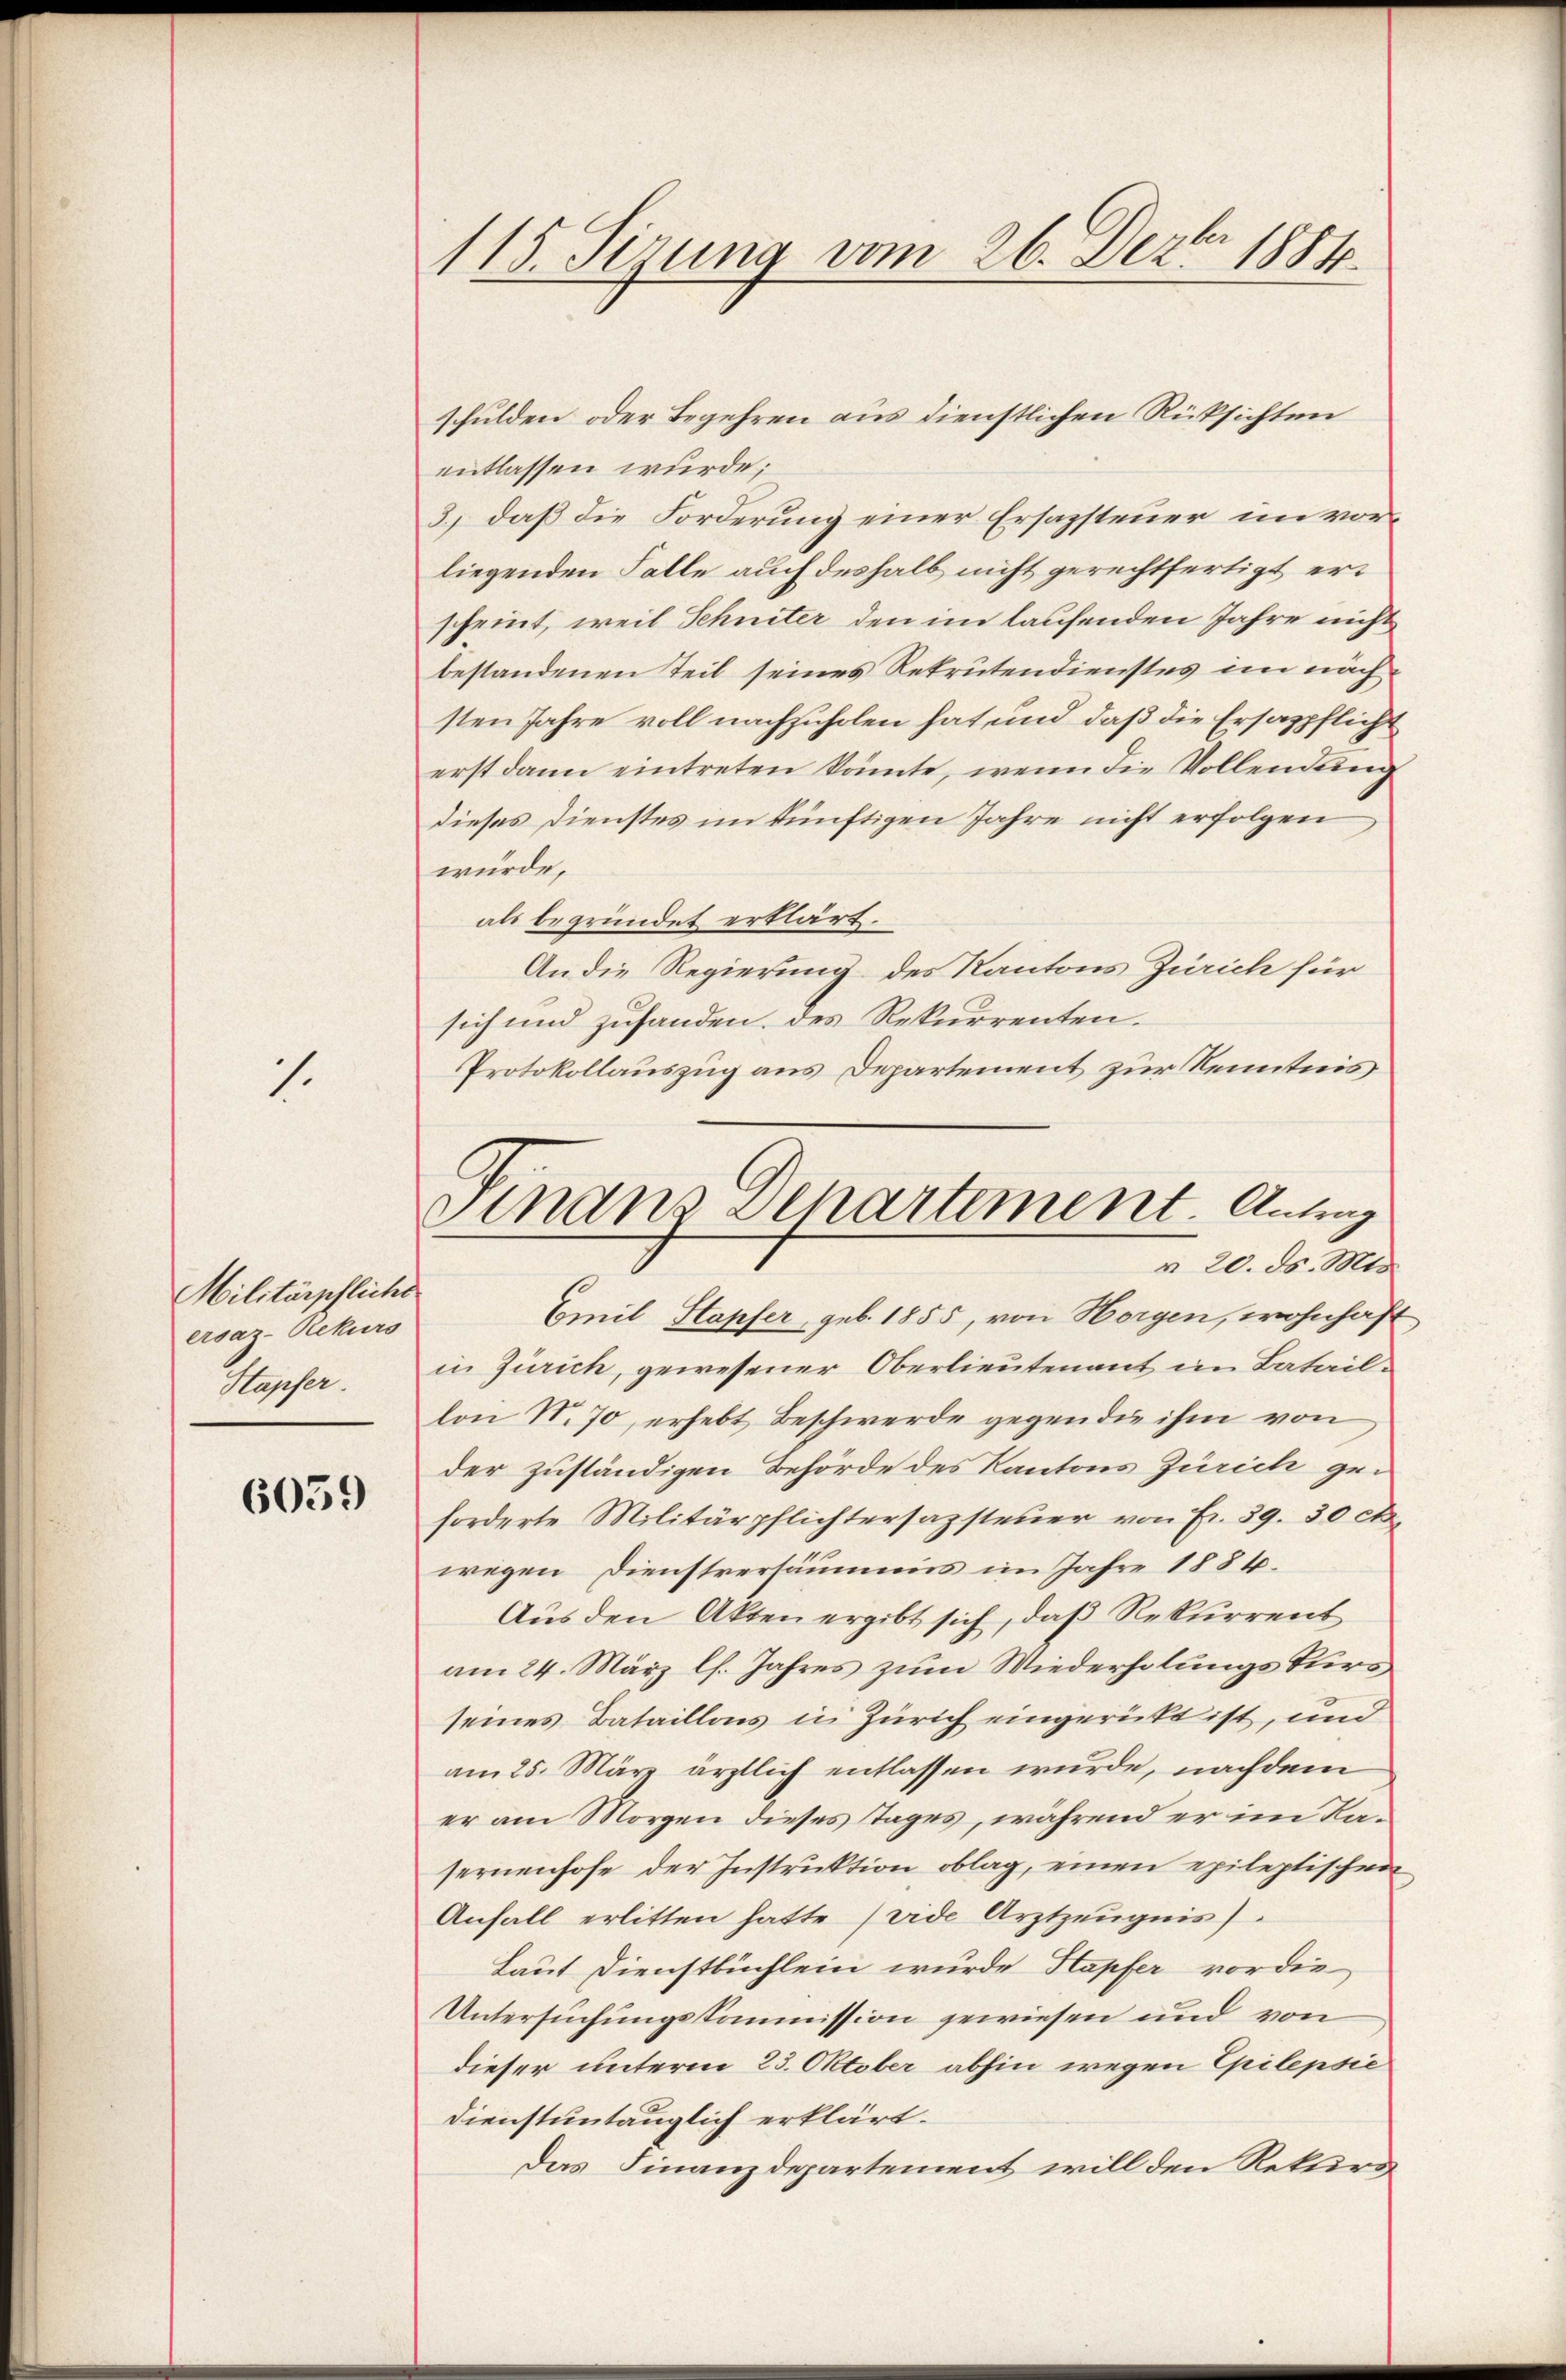
1.

Militärpfliche
ersaz-Rekurs
Wepfer.

6059

115 Siruna vom 26. Dez. 1881.

schulden oder Begehren aus dienstlichen Rücksichten
entlassen wurde;
3.) daß die Forderung einer Ersazsteuer im vorliegenden Falle auch deshalb nicht gerechtfertigt erscheint, weil Schniter den im laufenden Jahre nicht
bestandenen Teil seines Rekrutendienstes im nach
sten Jahre voll nachzuholen hat, und daß die Ersaspflicht
erst dann eintreten könnte, wenn die Vollendung
dieses Dienstes im künftigen Jahre nicht erfolgen
würde,
als begründet erklärt.
An die Regierung des Kantons Zürich für
sich und zuhanden des Rekurrenten.
Protokollauszug aus Departement zur Kenntnis

Sindes Departement. Antrag
§ 20. ds. Mts.

Emil Stapfer, geb. 1855, von Horgen, wohnhaft
in Zürich, gewesener Oberlieutenant im Bataillon Nr. 70, erhebt Beschwerde gegen die ihm von
der zuständigen Behörde des Kantons Zürich gei
forderte Militärpflichtersazsteuer von Fr. 59. 30 ct.
wegen Dienstversäumus im Jahre 1884.
Aus den Akten ergibt sich, daß Rekurrent
am 24. März l. Jahres zum Wiederholungskurs
seines Bataillons in Zürich eingerückt ist, und
am 25. März ärztlich entlassen wurde, nachdem
er am Morgen dieses Tages, während er im Kafernenhofe der Instruktion oblag, einen epileptischen
Anfall erlitten hatte (vide Arztzeŭgnis).
Laut Dienstbüchlein wurde Kapfer vor die
Untersuchungskommission gewiesen und von
dieser unterm 23. Oktober abhin wegen Epilepsie
Dienstuntauglich erklärt.
Das Finanzdepartement will den Rekurs